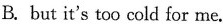
B.but it's too cold for me.